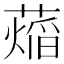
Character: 𬞨